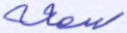
سمعه